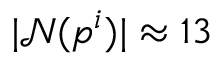
| \mathcal { N } ( p ^ { i } ) | \approx 1 3